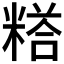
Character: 𮇰